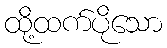
ထို့ထက်ပိုသော